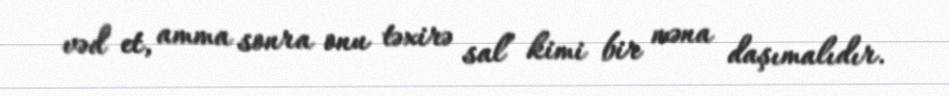
vəd et, amma sonra onu təxirə sal” kimi bir məna daşımalıdır.